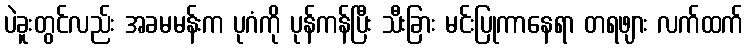
ပဲခူးတွင်လည်း အခမမန်းက ပုဂံကို ပုန်ကန်ပြီး သီးခြား မင်းပြုကာနေရာ တရဖျား လက်ထက်